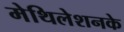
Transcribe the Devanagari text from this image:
मेथिलेशनके